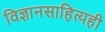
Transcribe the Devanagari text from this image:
विज्ञानसाहित्यही